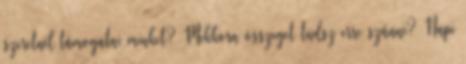
szeretnél támogatni minket? Mekkora összeget tudsz erre szánni? Napi